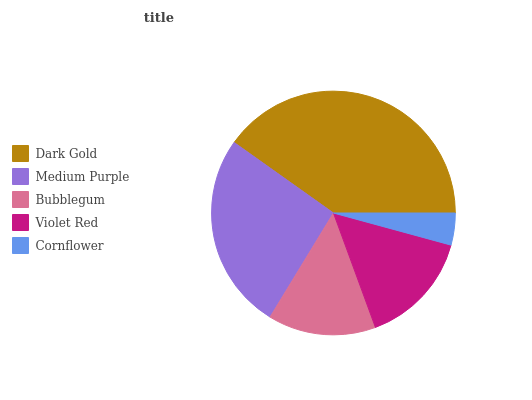
| Dark Gold | Medium Purple | Bubblegum | Violet Red | Cornflower |
 | --- | --- | --- | --- | --- |
 | 40.1% | 26.1% | 14.3% | 15.2% | 4.24% |